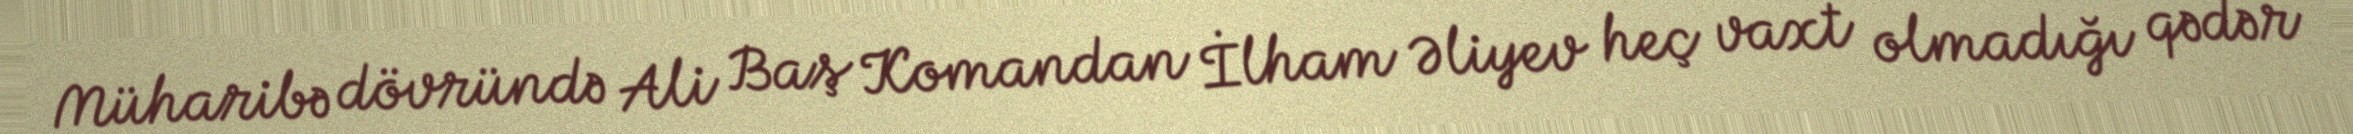
Müharibə dövründə Ali Baş Komandan İlham Əliyev heç vaxt olmadığı qədər